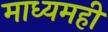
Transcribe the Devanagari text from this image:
माध्यमही